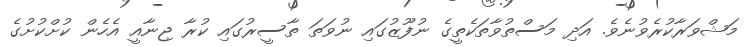
މަޝްވަރާކުރެވުނެވެ. އަދި މަސްތުވާތަކެތީގެ ނުފޫޒުގައި ނުވަތަ ތާސީރުގައި ކުރާ ޖިނާއީ އެހެން ކުށްކުށުގެ